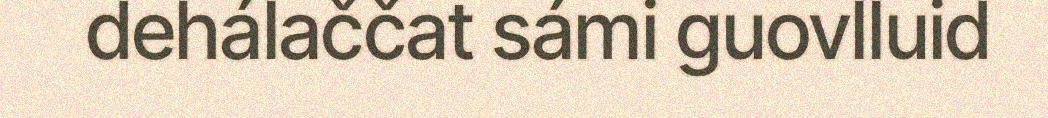
dehálaččat sámi guovlluid